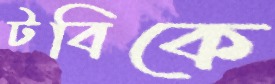
টবিকে